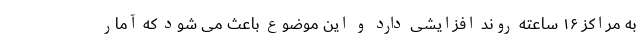
به مراکز ۱۶ ساعته روند افزایشی دارد و این موضوع باعث می شود که آمار